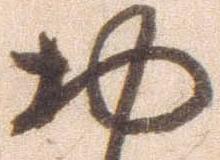
物